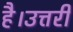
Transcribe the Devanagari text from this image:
है।उत्तरी